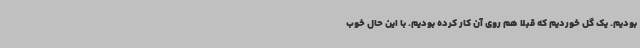
بودیم. یک گل خوردیم که قبلا هم روی آن کار کرده بودیم. با این حال خوب